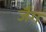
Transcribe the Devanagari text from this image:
जैग